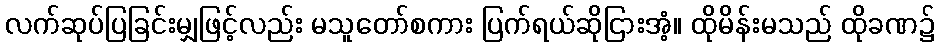
လက်ဆုပ်ပြခြင်းမျှဖြင့်လည်း မသူတော်စကား ပြက်ရယ်ဆိုငြားအံ့။ ထိုမိန်းမသည် ထိုခဏ၌